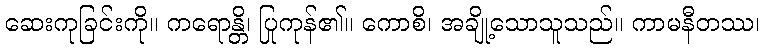
ဆေးကုခြင်းကို။ ကရောန္တိ၊ ပြုကုန်၏။ ကောစိ၊ အချို့သောသူသည်။ ကာမနီတဿ၊